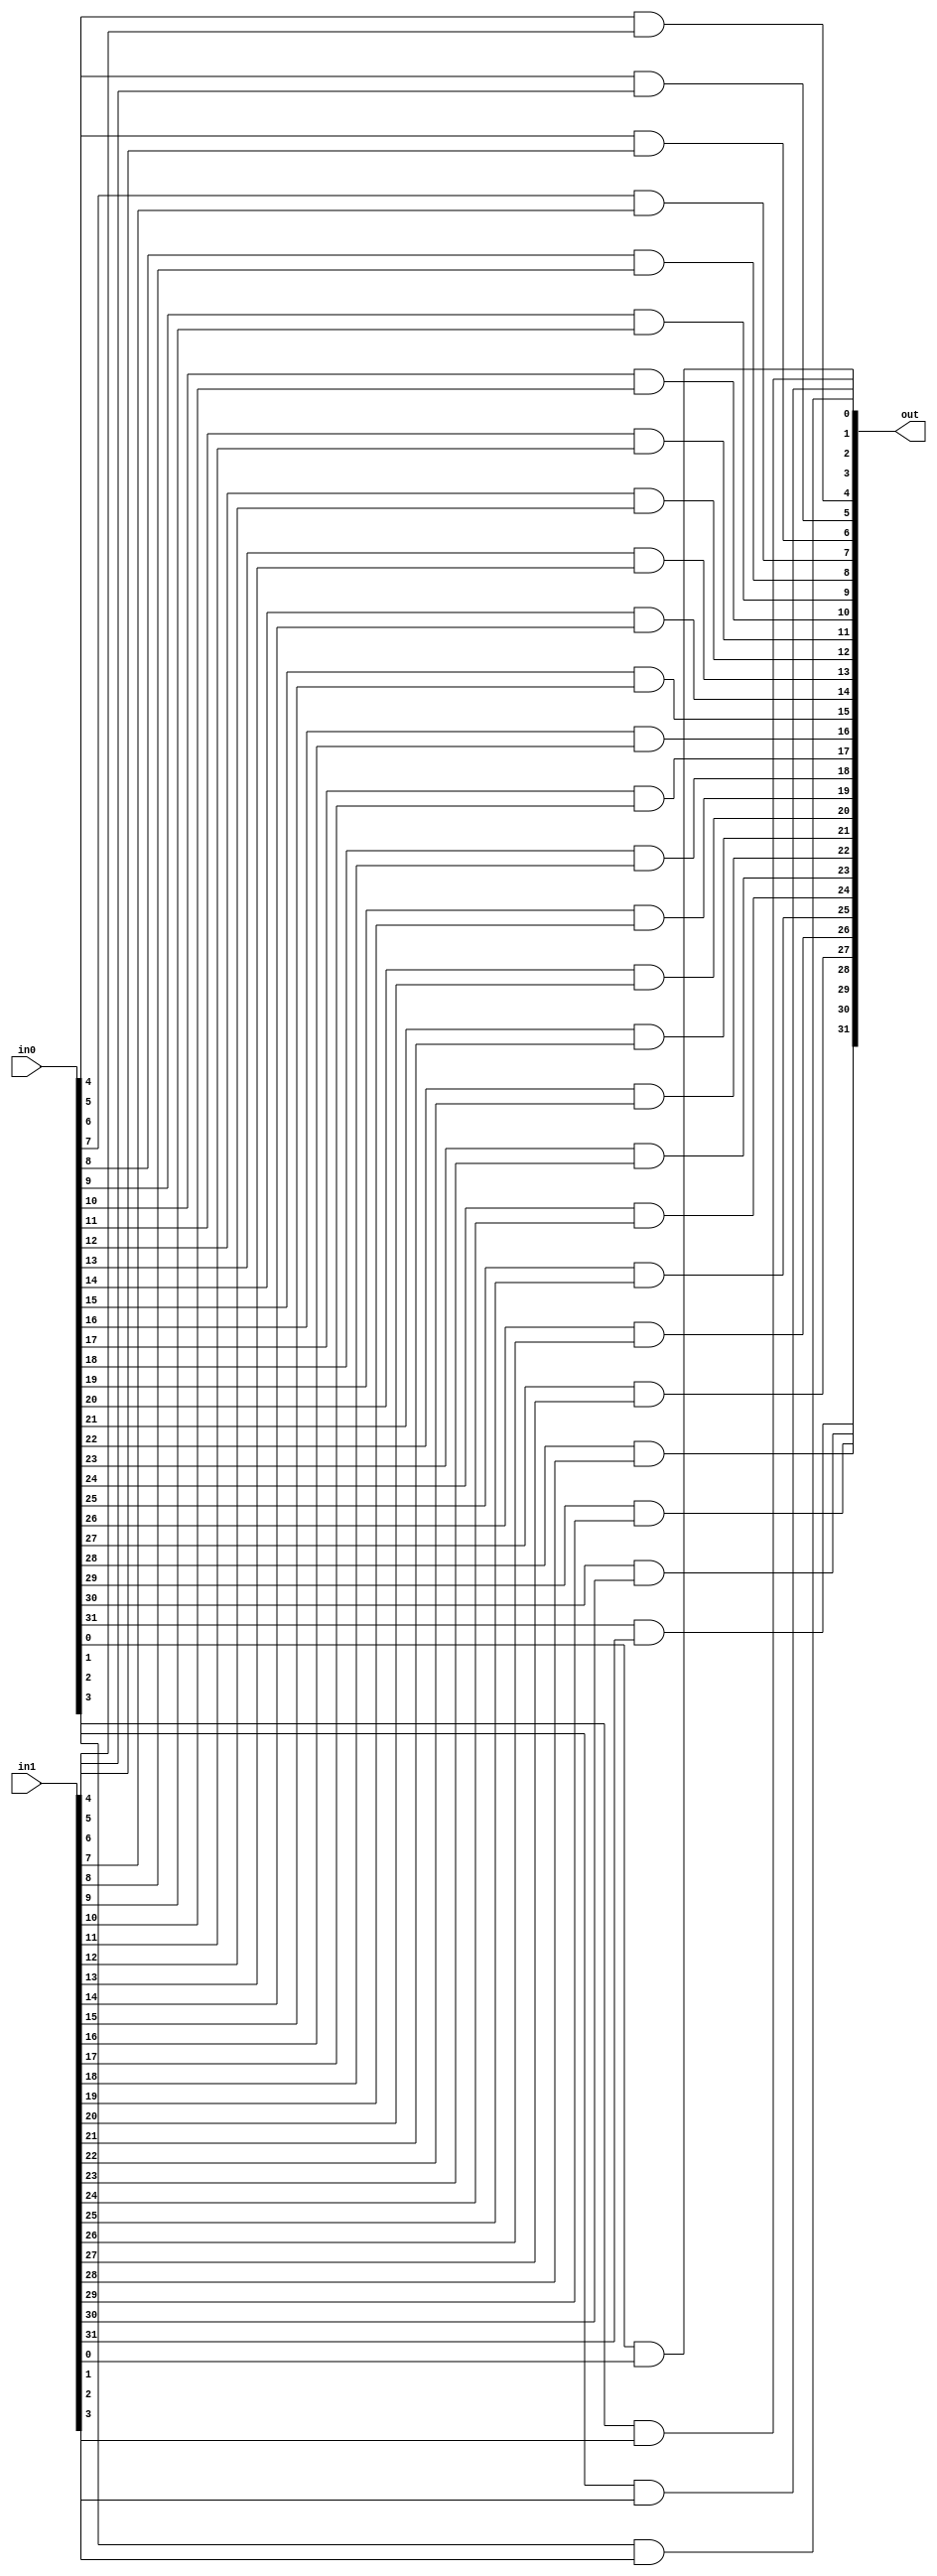
module alu_and(in0, in1, out);
	
	input [31:0] in0, in1;
	output [31:0] out;
	
	and and_0(out[0], in0[0], in1[0]);
	and and_1(out[1], in0[1], in1[1]);
	and and_2(out[2], in0[2], in1[2]);
	and and_3(out[3], in0[3], in1[3]);
	and and_4(out[4], in0[4], in1[4]);
	and and_5(out[5], in0[5], in1[5]);
	and and_6(out[6], in0[6], in1[6]);
	and and_7(out[7], in0[7], in1[7]);
	and and_8(out[8], in0[8], in1[8]);
	and and_9(out[9], in0[9], in1[9]);
	and and_10(out[10], in0[10], in1[10]);
	and and_11(out[11], in0[11], in1[11]);
	and and_12(out[12], in0[12], in1[12]);
	and and_13(out[13], in0[13], in1[13]);
	and and_14(out[14], in0[14], in1[14]);
	and and_15(out[15], in0[15], in1[15]);
	and and_16(out[16], in0[16], in1[16]);
	and and_17(out[17], in0[17], in1[17]);
	and and_18(out[18], in0[18], in1[18]);
	and and_19(out[19], in0[19], in1[19]);
	and and_20(out[20], in0[20], in1[20]);
	and and_21(out[21], in0[21], in1[21]);
	and and_22(out[22], in0[22], in1[22]);
	and and_23(out[23], in0[23], in1[23]);
	and and_24(out[24], in0[24], in1[24]);
	and and_25(out[25], in0[25], in1[25]);
	and and_26(out[26], in0[26], in1[26]);
	and and_27(out[27], in0[27], in1[27]);
	and and_28(out[28], in0[28], in1[28]);
	and and_29(out[29], in0[29], in1[29]);
	and and_30(out[30], in0[30], in1[30]);
	and and_31(out[31], in0[31], in1[31]);

	
endmodule